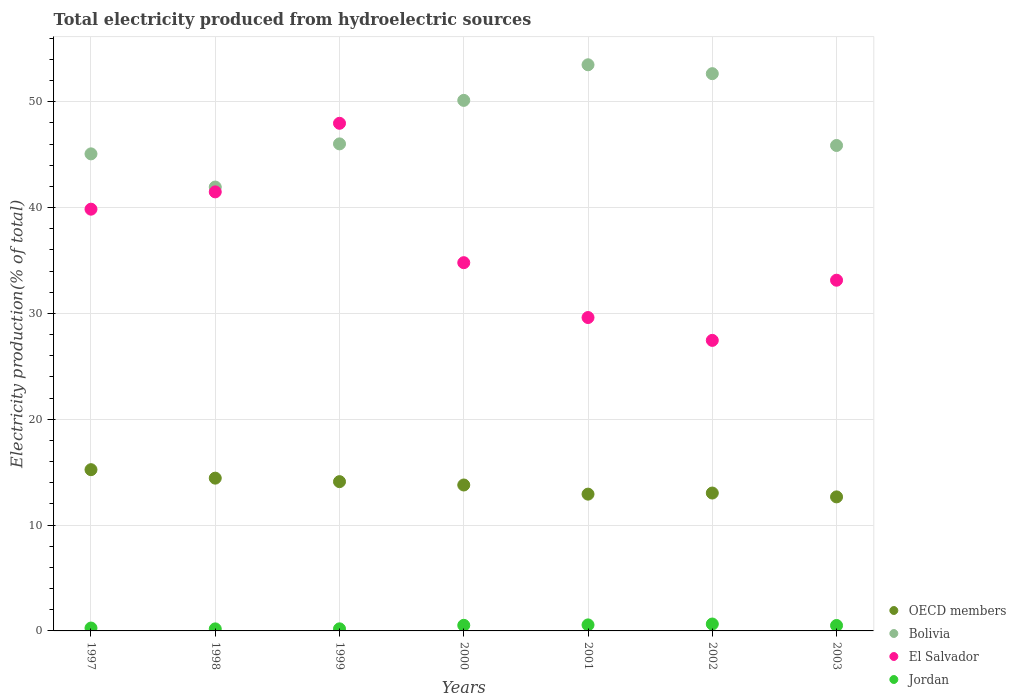
| Years | OECD members | Bolivia | El Salvador | Jordan |
 | --- | --- | --- | --- | --- |
 | 1997 | 15.2 | 45.1 | 39.8 | 0.271 |
 | 1998 | 14.4 | 41.9 | 41.5 | 0.193 |
 | 1999 | 14.1 | 46 | 48 | 0.198 |
 | 2000 | 13.8 | 50.1 | 34.8 | 0.529 |
 | 2001 | 12.9 | 53.5 | 29.6 | 0.57 |
 | 2002 | 13 | 52.7 | 27.5 | 0.652 |
 | 2003 | 12.7 | 45.9 | 33.1 | 0.513 |